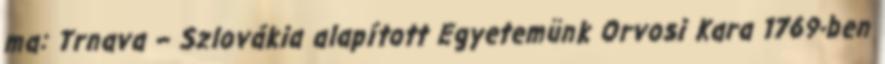
ma: Trnava – Szlovákia alapított Egyetemünk Orvosi Kara 1769-ben